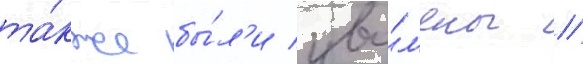
та́кже бы́л'и уво́л'ены //